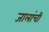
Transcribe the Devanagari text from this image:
जालांची